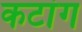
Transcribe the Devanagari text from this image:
कटांग